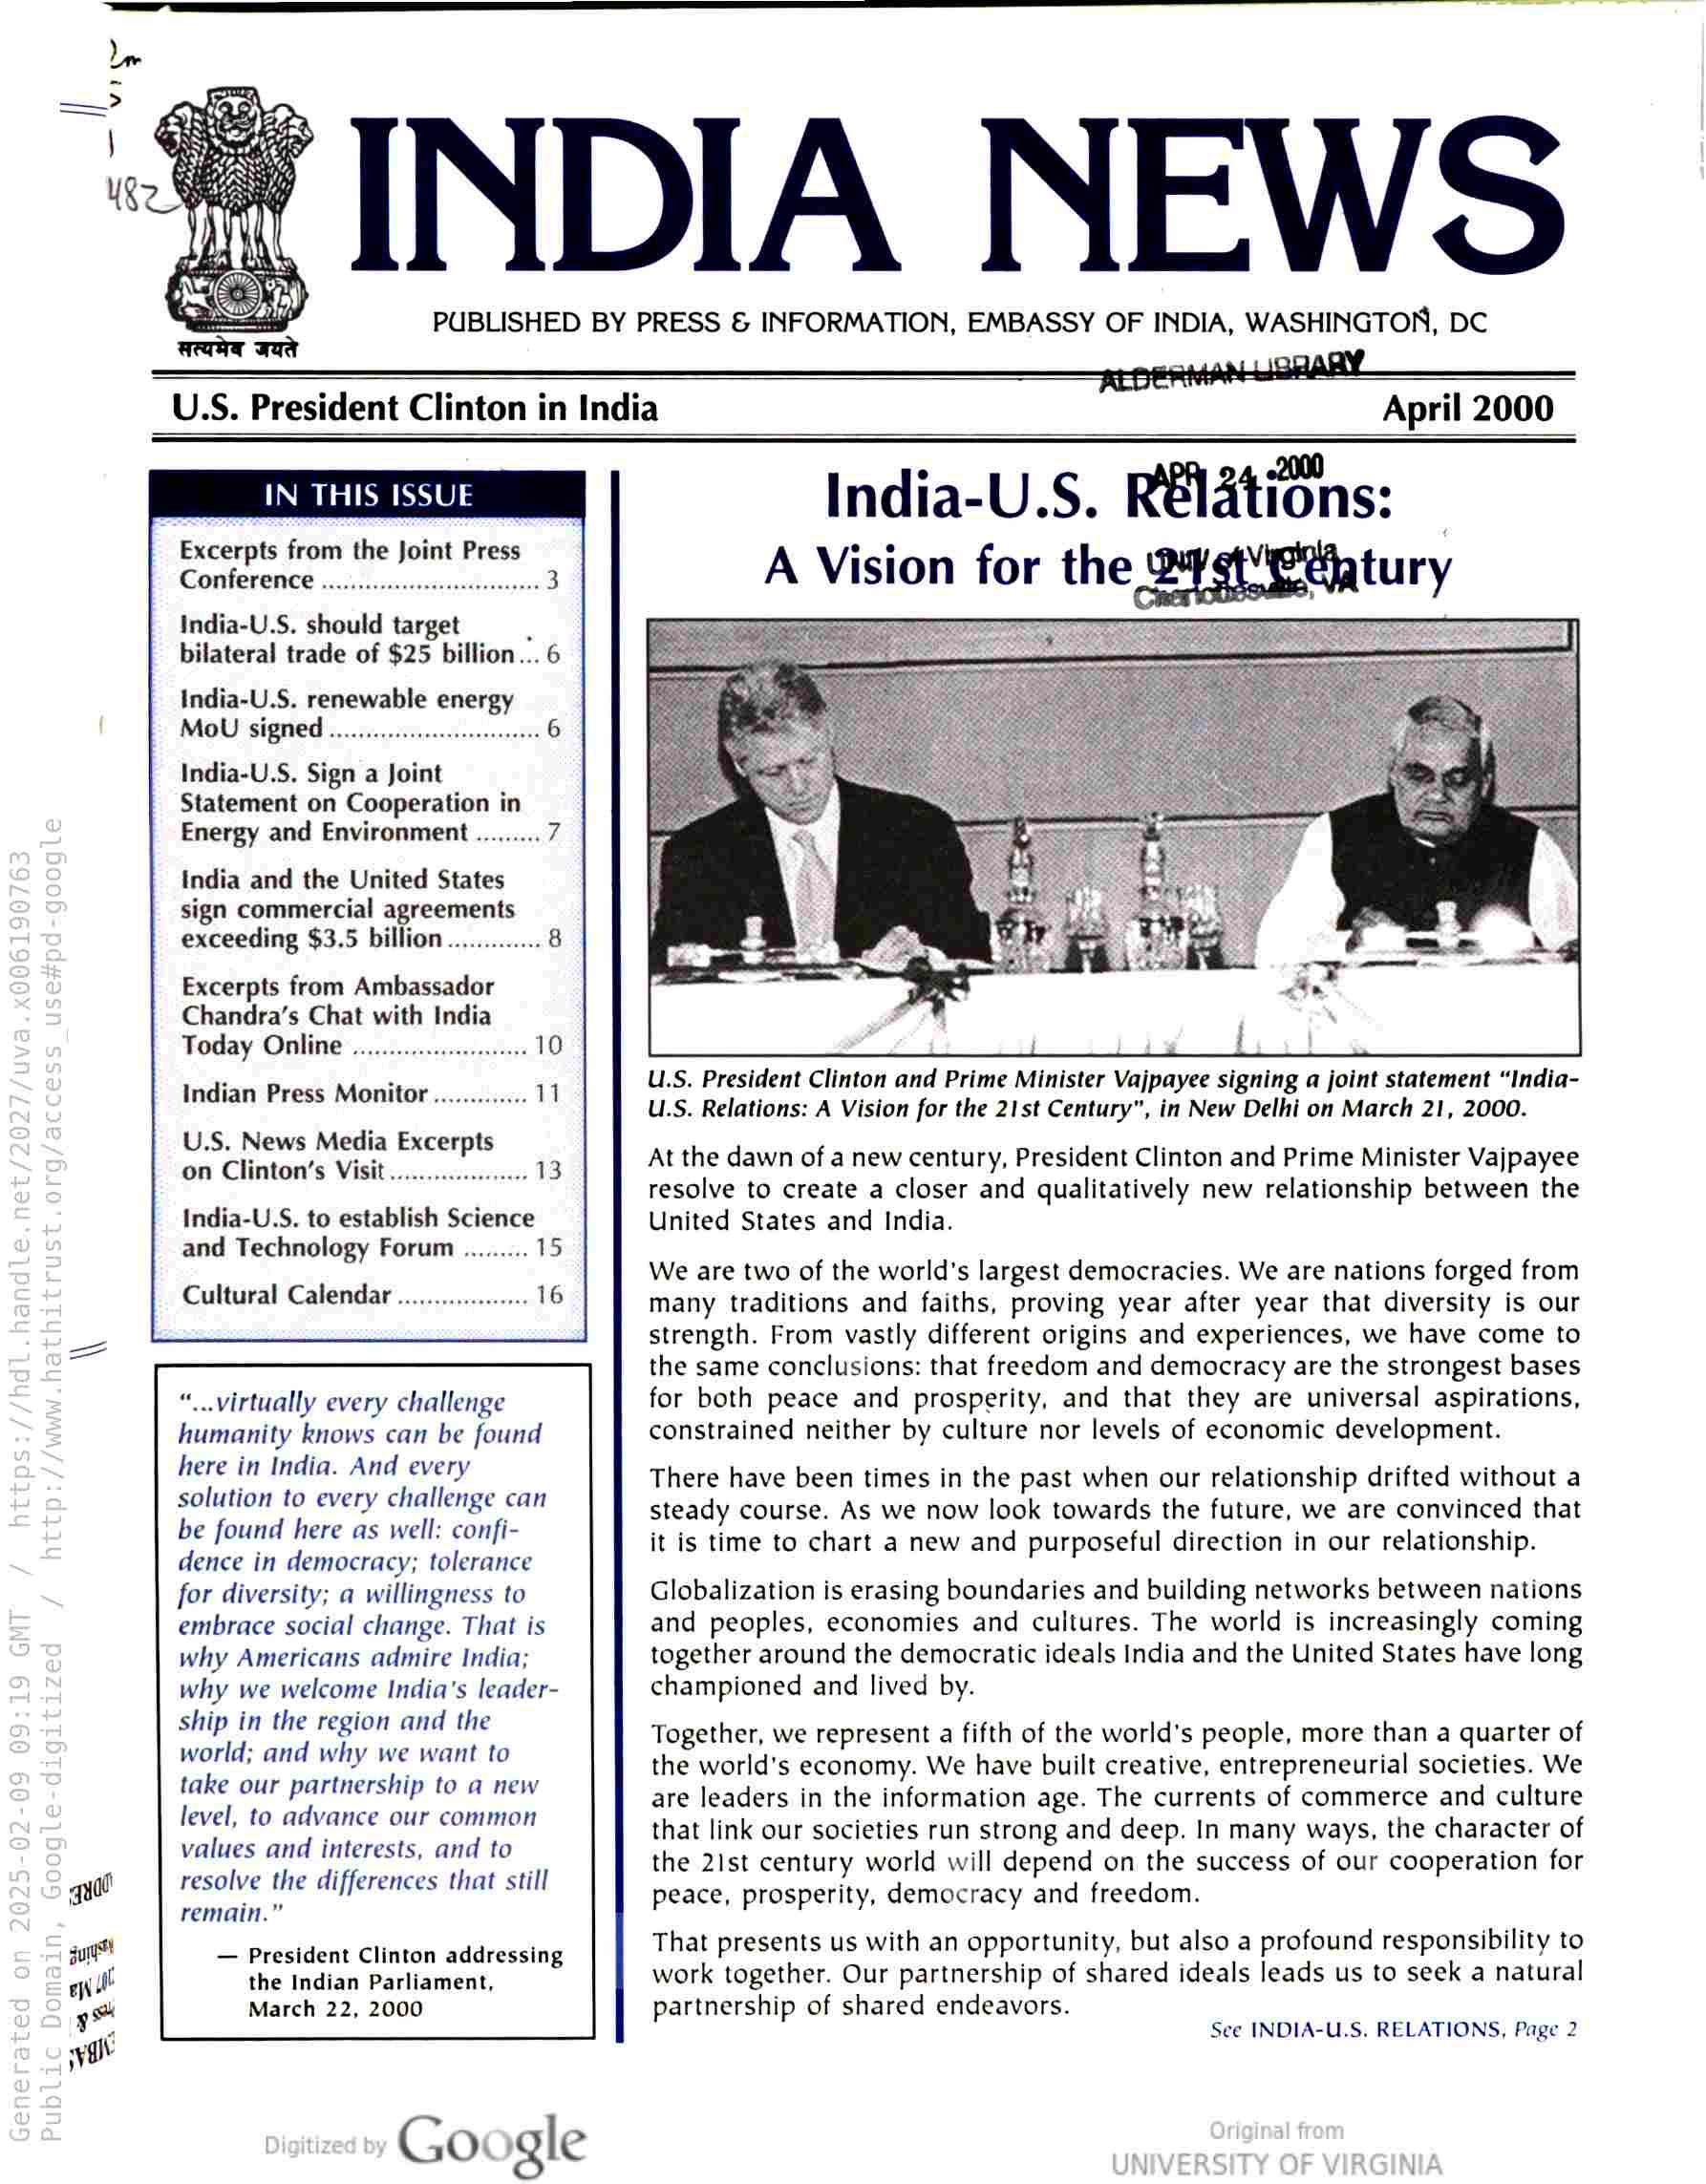
INDIA NEWS

PUBLISHED BY PRESS & INFORMATION, EMBASSY OF INDIA, WASHINGTON, DC

U.S. President Clinton in India

April 2000

IN THIS ISSUE

Excerpts from the Joint Press
Conference

India-U.S. should target .
bilateral trade of $25 billion... 6

India-U.S. renewable energy
MoU signed ...

India-U.S. Sign a Joint
Statement on Cooperation in
Energy and Environment

India and the United States
sign commercial agreements
exceeding $3.5 billion

Excerpts from Ambassador
Chandra’s Chat with India
Today Online

Indian Press Monitor

U.S. News Media Excerpts
on Clinton’s Visit

India-U.S. to establish Science
and Technology Forum

Cultural Calendar

“...virtually every challenge
humanity knows can be found
here in India. And every
solution to every challenge can
be found here as well: confi-
dence in democracy; tolerance
for diversity; a willingness to
embrace social change. That is
why Americans admire India;
why we welcome India’s leader-

ship in the region and the
world; and why we want to
take our partnership to a new
level, to advance our common
values and interests, and to
resolve the differences that still
remain.”

— President Clinton addressing
the Indian Parliament,
March 22, 2000

Google

India-U.S. Relations:
A Vision for the 24¢'eehatury

Siar

U.S. President Clinton and Prime Minister Vajpayee signing a joint statement “India-
U.S. Relations: A Vision for the 21st Century”, in New Delhi on March 21, 2000.

At the dawn of a new century, President Clinton and Prime Minister Vajpayee
resolve to create a closer and qualitatively new relationship between the
United States and India.

We are two of the world’s largest democracies. We are nations forged from
many traditions and faiths, proving year after year that diversity is our
strength. From vastly different origins and experiences, we have come to
the same conclusions: that freedom and democracy are the strongest bases
for both peace and prosperity, and that they are universal aspirations,
constrained neither by culture nor levels of economic development.

There have been times in the past when our relationship drifted without a
steady course. As we now look towards the future, we are convinced that
it is time to chart a new and purposeful direction in our relationship.

Globalization is erasing boundaries and building networks between nations
and peoples, economies and cultures. The world is increasingly coming
together around the democratic ideals India and the United States have long
championed and lived by.

Together, we represent a fifth of the world’s people, more than a quarter of
the world's economy. We have built creative, entrepreneurial societies. We
are leaders in the information age. The currents of commerce and culture
that link our societies run strong and deep. In many ways, the character of
the 21st century world will depend on the success of our cooperation for
peace, prosperity, democracy and freedom.

That presents us with an opportunity, but also a profound responsibility to
work together. Our partnership of shared ideals leads us to seek a natural

partnership of shared endeavors.
See INDIA-U.S. RELATIONS, Page 2